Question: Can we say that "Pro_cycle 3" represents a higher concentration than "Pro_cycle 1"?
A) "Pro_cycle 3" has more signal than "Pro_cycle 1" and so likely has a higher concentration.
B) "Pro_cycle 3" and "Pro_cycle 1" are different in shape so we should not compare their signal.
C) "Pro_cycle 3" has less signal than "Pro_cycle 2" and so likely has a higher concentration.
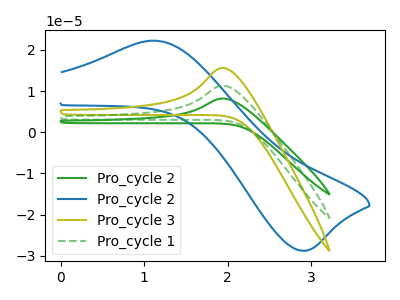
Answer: <think>The green curve "Pro_cycle 2" has an anodic peak at: (1.95V, 22.65uA). The blue curve "Pro_cycle 2" has an anodic peak at (1.10V, 22.25uA) and a cathodic peak at (2.90V, -28.80uA). The olive curve "Pro_cycle 3" has an anodic peak at: (1.95V, 15.65uA). The green dashed curve "Pro_cycle 1" has an anodic peak at: (1.95V, 11.30uA).
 All the peaks in "Pro_cycle 3" have a peak in "Pro_cycle 1" at the same potential. Every peak in "Pro_cycle 3" is higher than every peak in "Pro_cycle 1".</think>
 <answer>A) "Pro_cycle 3" has more signal than "Pro_cycle 1" and so likely has a higher concentration.</answer>
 <eval>A</eval>